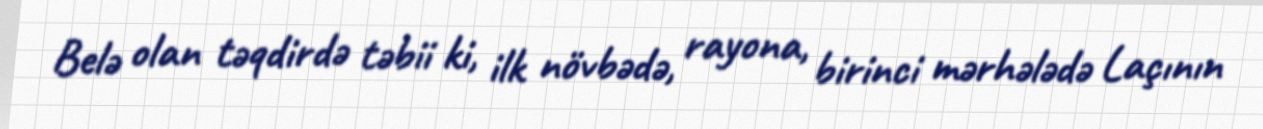
Belə olan təqdirdə təbii ki, ilk növbədə, rayona, birinci mərhələdə Laçının